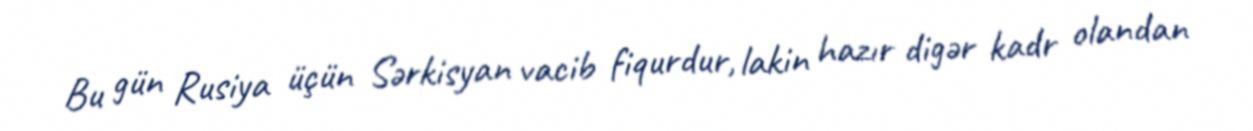
Bu gün Rusiya üçün Sərkisyan vacib fiqurdur, lakin hazır digər kadr olandan